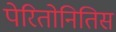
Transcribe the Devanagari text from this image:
पेरितोनितिस